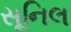
સૂનિલ